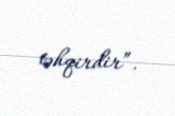
təhqirdir”.